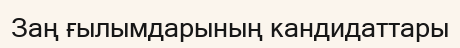
Заң ғылымдарының кандидаттары